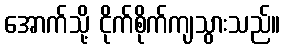
အောက်သို့ ငိုက်စိုက်ကျသွားသည်။